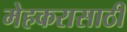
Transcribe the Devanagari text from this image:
मेहकरासाठी